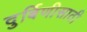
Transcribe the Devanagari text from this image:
दुर्बिणीसाठी